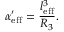
\alpha _ { \mathrm { e f f } } ^ { \prime } = \frac { l _ { \mathrm { e f f } } ^ { 3 } } { R _ { 3 } } .